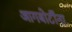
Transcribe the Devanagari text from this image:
आगबोटींना